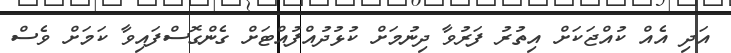
އަދި އެއް ކުއްޖަކަށް އިތުރު ފަރުވާ ދިނުމަށް ކުޅުދުއްފުއްޓަށް ގެންގޮސްފައިވާ ކަމަށް ވެސް